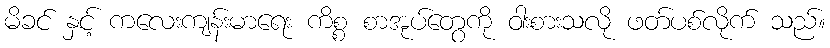
မိခင် နှင့် ကလေးကျန်းမာရေး ကိစ္စ စာအုပ်တွေကို ဝါးစားသလို ဖတ်ပစ်လိုက် သည်။